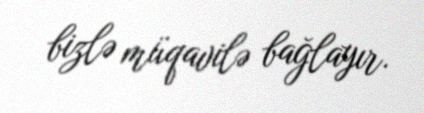
bizlə müqavilə bağlayır.